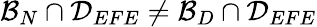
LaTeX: \mathcal{B}_{N}\cap\mathcal{D}_{EFE}\neq\mathcal{B}_{D}\cap\mathcal{D}_{EFE}